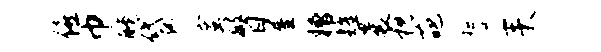
僖巾醺袋寞瞥屋糟耀曩枕葩誓耒